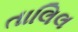
તાલિલ